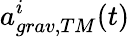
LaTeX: a_{grav,TM}^{i}(t)